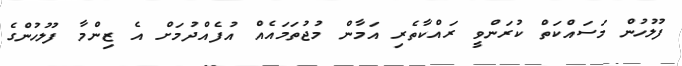
ފުލުހުން މަސައްކަތް ކުރަންވީ ރައްކާތެރި އަމާން މުޖުތަމައެއް އުފެއްދުމަށް އެ ޒިންމާ ފުލުހުންގެ